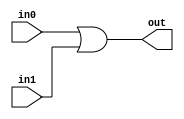
module eightBitOr  (out, in0, in1);
// This module performs the bitwise or operation on 2 bytes in0, in0.
	input 	[7:0] 	in0, in1;
	output 	[7:0] 	out;					 
	
	assign {out}  = in0 | in1;		
	
endmodule